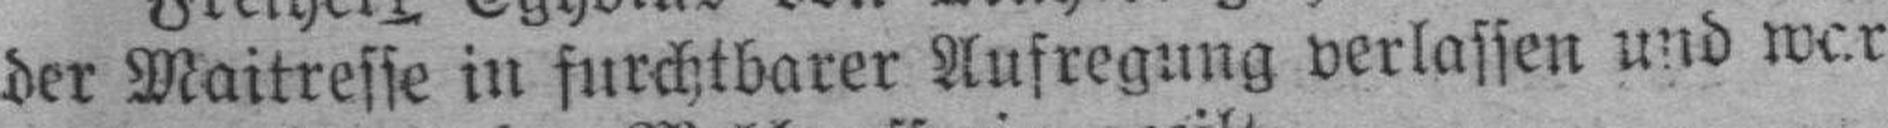
der Maitresse in furchtbarer Aufregung verlassen und war